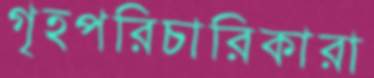
গৃহপরিচারিকারা